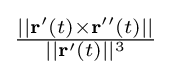
{\tfrac {||\mathbf {r} '(t)\times \mathbf {r} ''(t)||}{||\mathbf {r} '(t)||^{3}}}